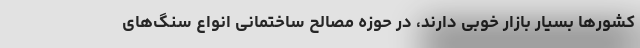
کشورها بسیار بازار خوبی دارند، در حوزه مصالح ساختمانی انواع سنگ‌های